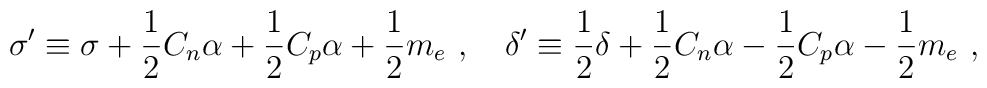
\sigma' \equiv \sigma +{1\over 2} C_n \alpha + {1\over 2} C_p \alpha + {1\over 2} m_e\ ,\quad \delta' \equiv {1\over 2}\delta +{1\over 2} C_n\alpha - {1\over 2} C_p \alpha - {1\over 2} m_e \ ,